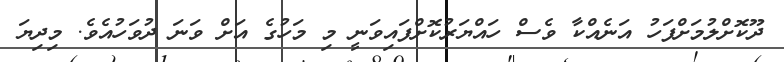
ދޫކޮށްލުމަށްފަހު އަނެއްކާ ވެސް ހައްޔަރުކޮށްފައިވަނީ މި މަހުގެ އަށް ވަނަ ދުވަހުއެވެ. މިދިޔަ